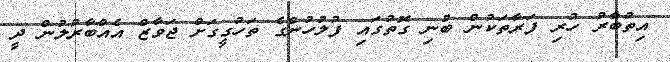
އިތުބާރު ހުރި ފަރާތަކުން ބުނި ގޮތުގައި ފުލުހުންގެ ތަހުގީގަށް ޖަވާޒް އެއްބާރުލުން ދީ